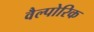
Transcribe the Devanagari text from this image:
वैल्पोरिक